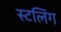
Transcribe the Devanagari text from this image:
स्टलिंग